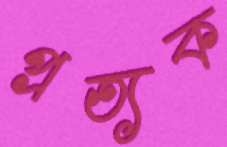
প্রত্যক